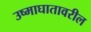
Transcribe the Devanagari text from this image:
उष्माघातावरील